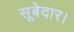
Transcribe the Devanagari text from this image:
सूबेदार।